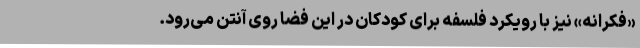
«فکرانه» نیز با رویکرد فلسفه برای کودکان در این فضا روی آنتن می‌رود.